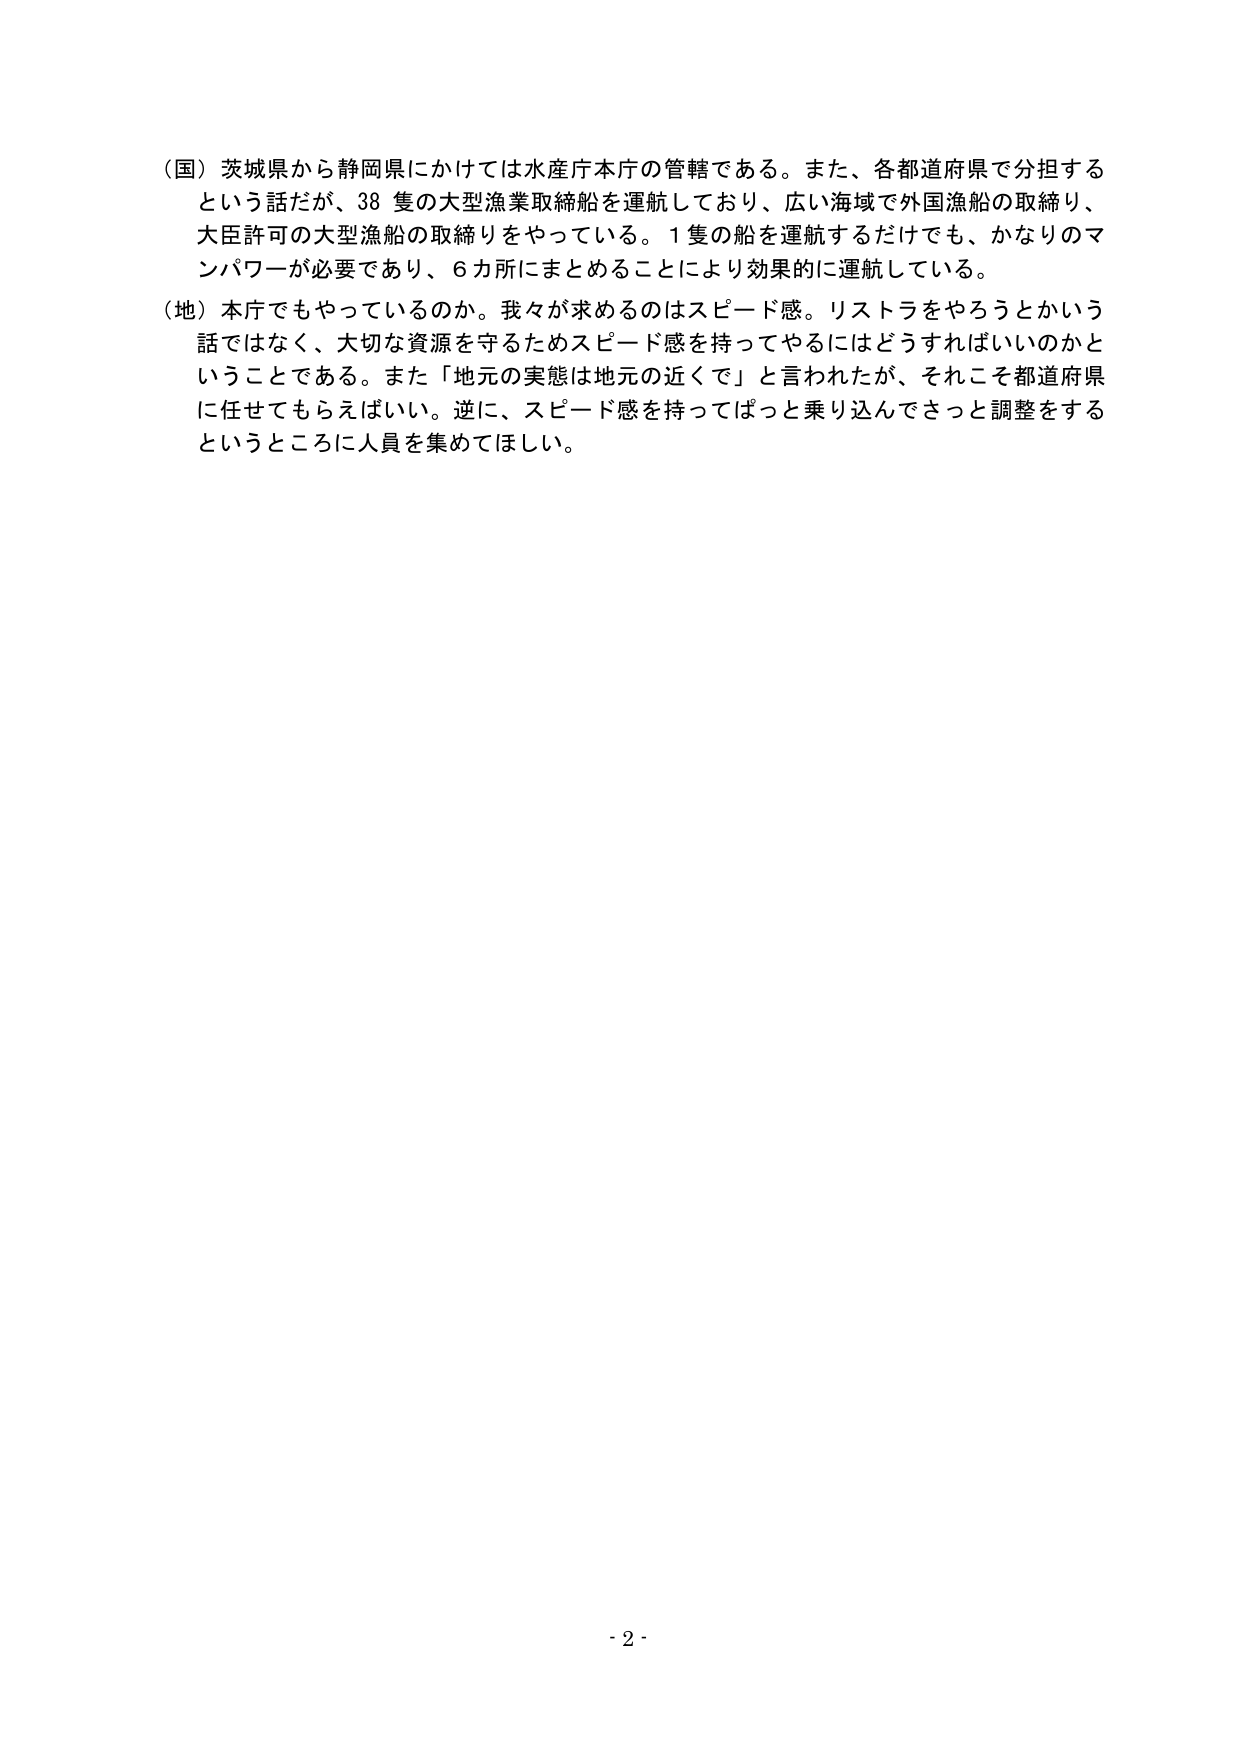
（国）茨城県から静岡県にかけては水産庁本庁の管轄である。また、各都道府県で分担するという話だが、38隻の大型漁業取締船を運航しており、広い海域で外国漁船の取締り、大臣許可の大型漁船の取締りをやっている。1隻の船を運航するだけでも、かなりのマンパワーが必要であり、6カ所にまとめることにより効果的に運航している。

（地）本庁でもやっているのか。我々が求めるのはスピード感。リストラをやろうとかいう話ではなく、大切な資源を守るためスピード感を持ってやるにはどうすればいいのかということである。また「地元の実態は地元の近くで」と言われたが、それこそ都道府県に任せてもらえばいい。逆に、スピード感を持ってぱっと乗り込んでさっと調整をするというところに人員を集めてほしい。

- 2 -